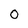
Character: 0